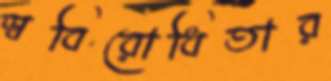
স্ববিরোধিতার